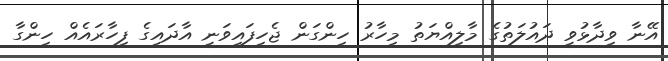
އޭނާ ވިދާޅުވީ ދައުލަތުގެ މާލިއްޔަތު މިހާރު ހިންގަން ޖެހިފައިވަނީ އާދައިގެ ފިހާރައެއް ހިންގާ